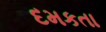
દમકતા